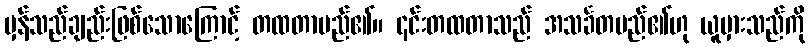
မှန်သည်ချည်းဖြစ်သောကြောင့် တထတာမည်၏။ ၎င်းတထတာသည် အသင်္ခတမည်၏ဟု ယူမှားသည်ကို